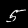
Label: 5